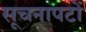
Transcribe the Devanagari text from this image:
सूचनापटों